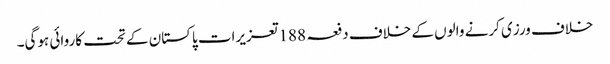
خلاف ورزی کرنے والوں کے خلاف دفعہ 188تعزیرات پاکستان کے تحت کاروائی ہوگی۔